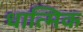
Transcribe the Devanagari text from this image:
धात्मिक